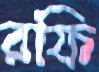
রফি